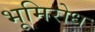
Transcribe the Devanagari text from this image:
भूमिरोध